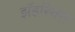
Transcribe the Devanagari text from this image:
झॅहरियस